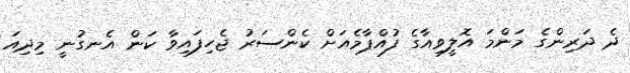
ދެ ދަރިންގެ މަންމަ އޮލީވިއާގެ ފުއްޕާމެއަށް ކެންސަރު ޖެހިފައިވާ ކަން އެނގުނީ މިދިއަ